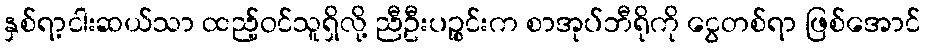
နှစ်ရာ့ငါးဆယ်သာ ထည့်ဝင်သူရှိလို့ ညီဦးပဉ္စင်းက စာအုပ်ဘီရိုကို ငွေတစ်ရာ ဖြစ်အောင်